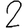
Digit: 2